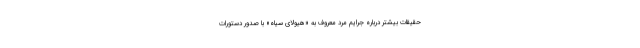
حقیقات بیشتر درباره جرایم مرد معروف به «هیولای سیاه» با صدور دستورات